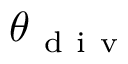
\theta _ { \mathrm { ~ d ~ i ~ v ~ } }